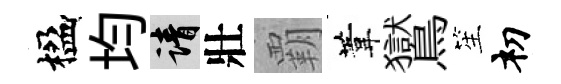
楹均請壯覇葦鸑笙𥘉